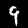
Digit: 9